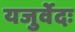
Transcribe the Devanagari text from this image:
यजुर्वेदः